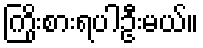
ကြိုးစားရပါဦးမယ်။